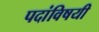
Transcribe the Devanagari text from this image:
पदांविषयी